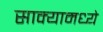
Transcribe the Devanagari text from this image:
साक्यामध्ये